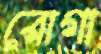
রোগা